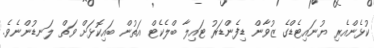
ކުޅެންއެރި ޔުނައިޓެޑްގެ ޒުވާން ޑިފެންޑަރު ޓައިލާ ބްލެކެޓް އަތުން ބައިކޮޅަށް ވަތް ލަނޑުންނެވެ.